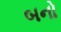
બનો